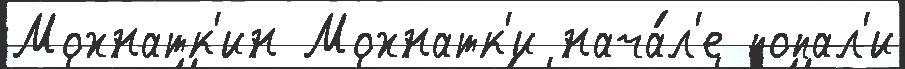
Мохнатк'ин Мохнатк'и нача́л'е попал'и